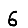
Digit: 6